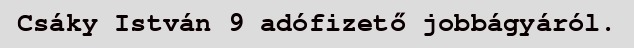
Csáky István 9 adófizető jobbágyáról.